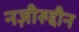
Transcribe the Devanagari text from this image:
नज़ीरुद्दीन